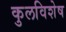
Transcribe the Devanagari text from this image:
कुलविशेष